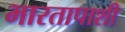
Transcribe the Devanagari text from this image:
भारतापाशी